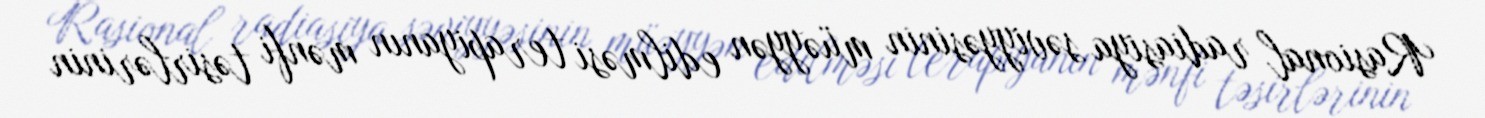
Rasional radiasiya səviyyəsinin müəyyən edilməsi terapiyanın mənfi təsirlərinin